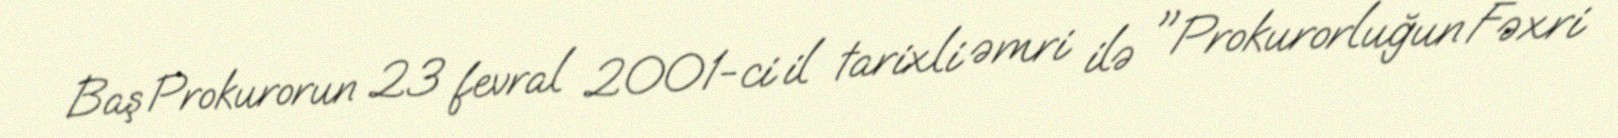
Baş Prokurorun 23 fevral 2001-ci il tarixli əmri ilə "Prokurorluğun Fəxri